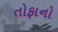
તોફાનો